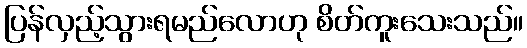
ပြန်လှည့်သွားရမည်လောဟု စိတ်ကူးသေးသည်။